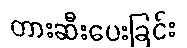
တားဆီးပေးခြင်း